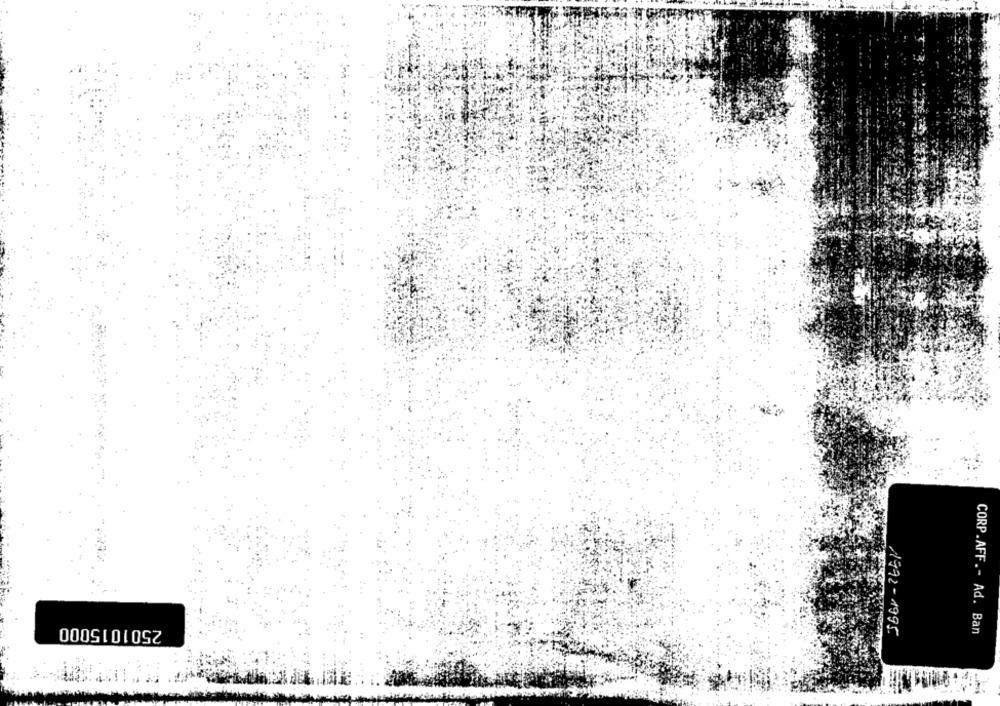
2501015000
1992-1995
CORP.AFF .- Ad. Ban